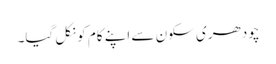
چودھری سکون سے اپنے کام کو نکل گیا۔